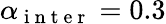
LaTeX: \alpha_{\mathrm{~i~n~t~e~r~}}=0.3